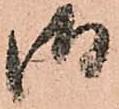
御